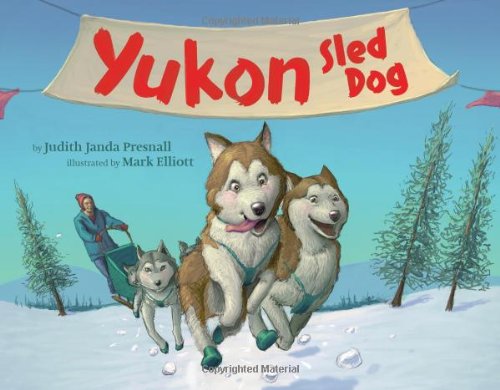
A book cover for Yukon: Sled Dog; Judith Janda Presnall; Children's Books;